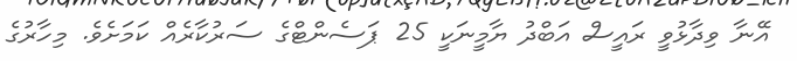
އޭނާ ވިދާޅުވީ ރައީސް އަބްދު ޔާމީނަކީ 25 ޕަސެންޓްގެ ސަރުކާރެއް ކަމަށެވެ. މިހާރުގެ